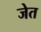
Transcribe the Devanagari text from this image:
जेत